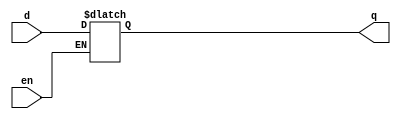
module dlatch_behavioral(q,en,d);

input en,d;
output reg q;

always @(en,q) begin
    if (en) 
        q = d;
end

endmodule